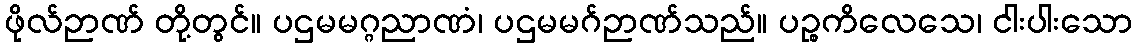
ဖိုလ်ဉာဏ် တို့တွင်။ ပဌမမဂ္ဂညာဏံ၊ ပဌမမဂ်ဉာဏ်သည်။ ပဉ္စကိလေသေ၊ ငါးပါးသော